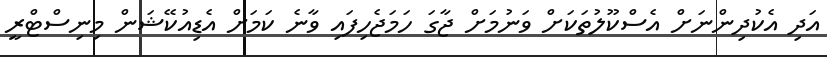
އަދި އެކުދިންނަށް އެސްކޫލުތަކަށް ވަނުމަށް ޖާގަ ހަމަޖެހިފައި ވާނެ ކަމަށް އެޑިއުކޭޝަން މިނިސްޓްރީ